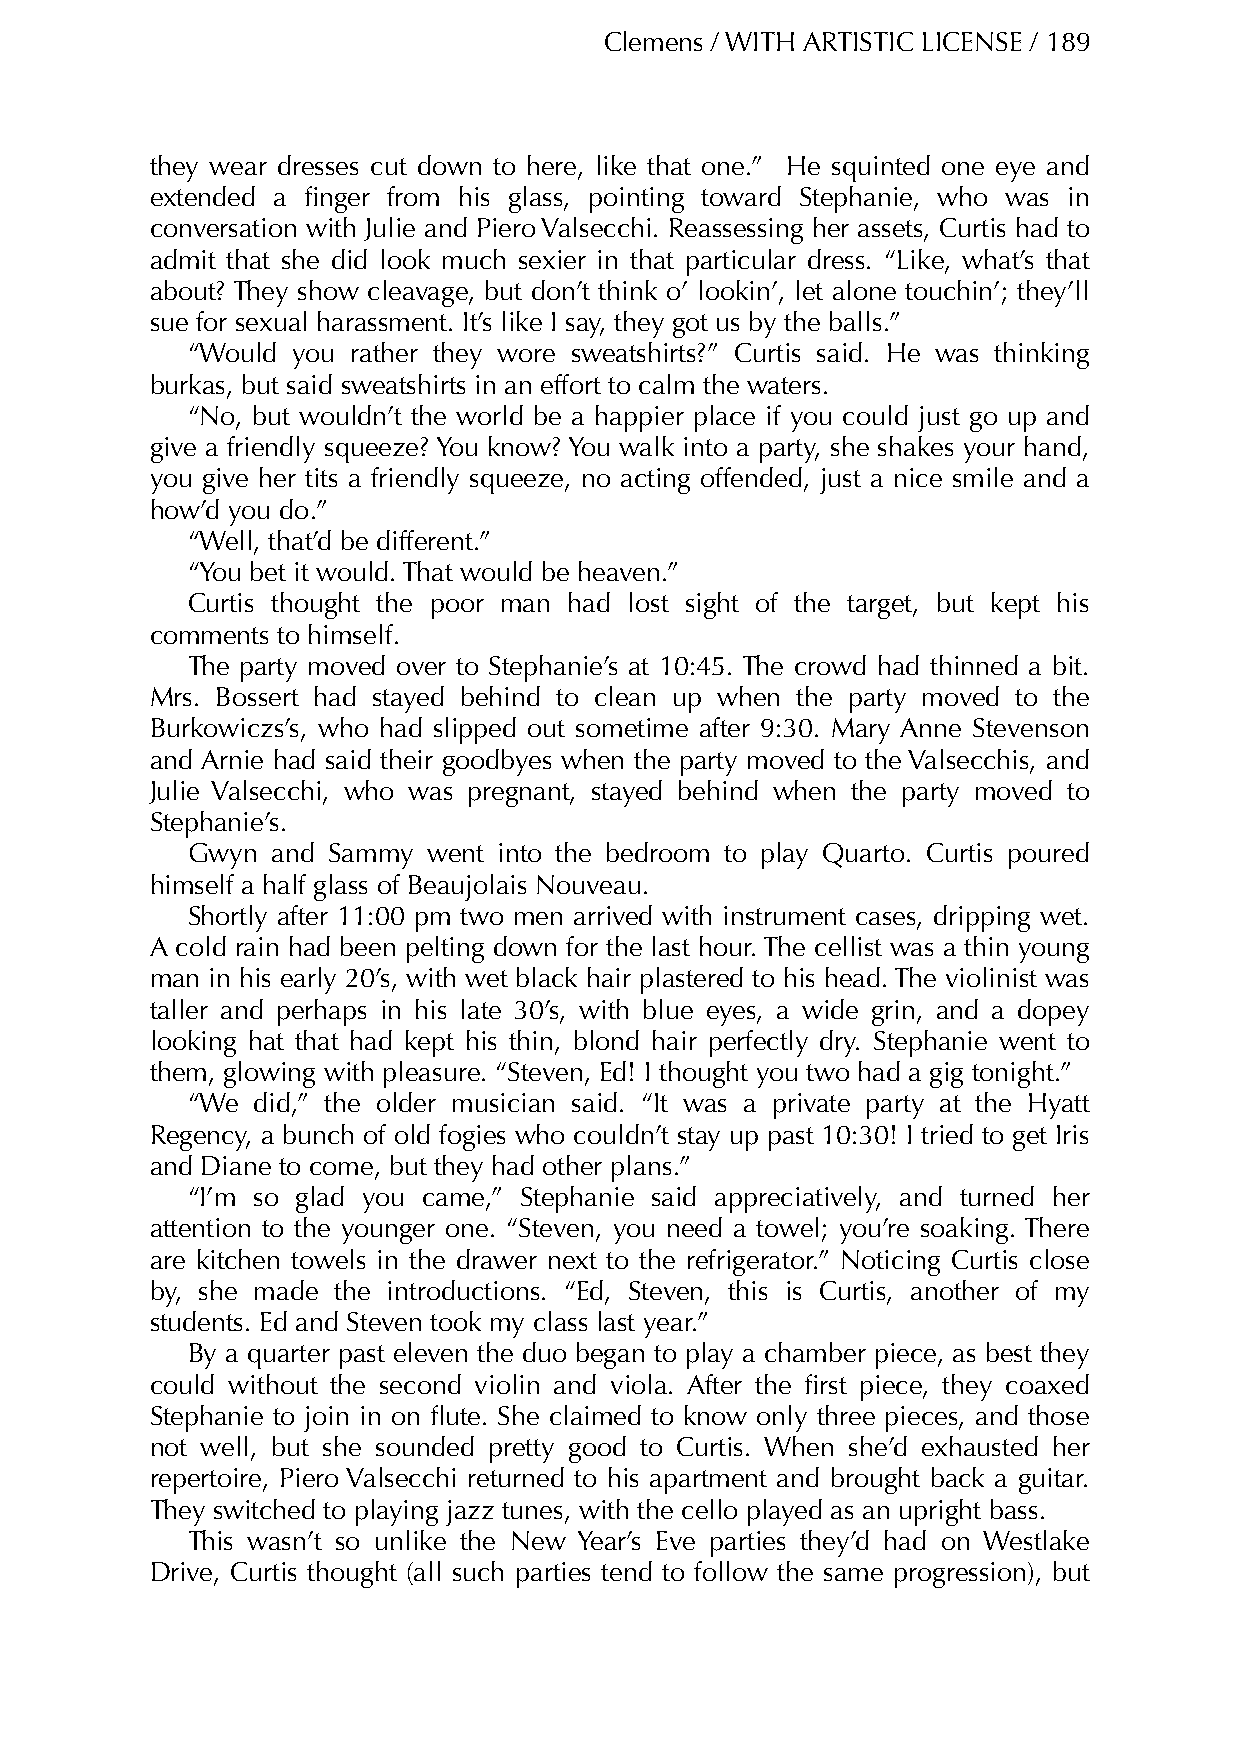
Clemens / WITH ARTISTIC LICENSE / 189
 they wear dresses cut down to here, like that one.” He squinted one eye and
 extended a finger from his glass, pointing toward Stephanie, who was in
 conversation with Julie and Piero Valsecchi. Reassessing her assets, Curtis had to
 admit that she did look much sexier in that particular dress. “Like, what’s that
 about? They show cleavage, but don’t think o’ lookin’, let alone touchin’; they’ll
 sue for sexual harassment. It’s like I say, they got us by the balls.”
 “Would you rather they wore sweatshirts?” Curtis said. He was thinking
 burkas, but said sweatshirts in an effort to calm the waters.
 “No, but wouldn’t the world be a happier place if you could just go up and
 give a friendly squeeze? You know? You walk into a party, she shakes your hand,
 you give her tits a friendly squeeze, no acting offended, just a nice smile and a
 how’d you do.”
 “Well, that’d be different.”
 “You bet it would. That would be heaven.”
 Curtis thought the poor man had lost sight of the target, but kept his
 comments to himself.
 The party moved over to Stephanie’s at 10:45. The crowd had thinned a bit.
 Mrs. Bossert had stayed behind to clean up when the party moved to the
 Burkowiczs’s, who had slipped out sometime after 9:30. Mary Anne Stevenson
 and Arnie had said their goodbyes when the party moved to the Valsecchis, and
 Julie Valsecchi, who was pregnant, stayed behind when the party moved to
 Stephanie’s.
 Gwyn  and Sammy went into the bedroom to play Quarto. Curtis poured
 himself a half glass of Beaujolais Nouveau.
 Shortly after 11:00 pm two men arrived with instrument cases, dripping wet.
 A cold rain had been pelting down for the last hour. The cellist was a thin young
 man in his early 20’s, with wet black hair plastered to his head. The violinist was
 taller and perhaps in his late 30’s, with blue eyes, a wide grin, and a dopey
 looking hat that had kept his thin, blond hair perfectly dry. Stephanie went to
 them, glowing with pleasure. “Steven, Ed! I thought you two had a gig tonight.”
 “We  did,” the older musician said. “It was a private party at the Hyatt
 Regency, a bunch of old fogies who couldn’t stay up past 10:30! I tried to get Iris
 and Diane to come, but they had other plans.”
 “I’m so glad you came,” Stephanie said appreciatively, and turned her
 attention to the younger one. “Steven, you need a towel; you’re soaking. There
 are kitchen towels in the drawer next to the refrigerator.” Noticing Curtis close
 by, she made the introductions. “Ed, Steven, this is Curtis, another of my
 students. Ed and Steven took my class last year.”
 By a quarter past eleven the duo began to play a chamber piece, as best they
 could without the second violin and viola. After the first piece, they coaxed
 Stephanie to join in on flute. She claimed to know only three pieces, and those
 not well, but she sounded pretty good to Curtis. When she’d exhausted her
 repertoire, Piero Valsecchi returned to his apartment and brought back a guitar.
 They switched to playing jazz tunes, with the cello played as an upright bass.
 This wasn’t so unlike the New Year’s Eve parties they’d had on Westlake
 Drive, Curtis thought (all such parties tend to follow the same progression), but